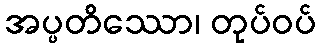
အပ္ပတိဿော၊ တုပ်ဝပ်